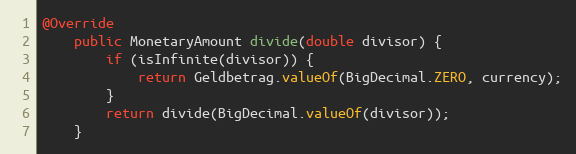
Language: Java
@Override
    public MonetaryAmount divide(double divisor) {
        if (isInfinite(divisor)) {
            return Geldbetrag.valueOf(BigDecimal.ZERO, currency);
        }
        return divide(BigDecimal.valueOf(divisor));
    }